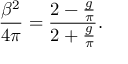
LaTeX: { \frac { \beta ^ { 2 } } { 4 \pi } } = { \frac { 2 - { \frac { g } { \pi } } } { 2 + { \frac { g } { \pi } } } } .